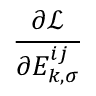
\frac { \partial \mathcal { L } } { \partial { E } _ { k , \sigma } ^ { i j } }